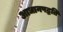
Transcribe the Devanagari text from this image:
आधानपद्धति